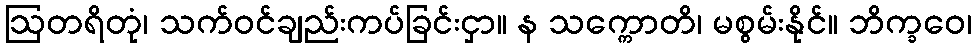
ဩတရိတုံ၊ သက်ဝင်ချည်းကပ်ခြင်းငှာ။ န သက္ကောတိ၊ မစွမ်းနိုင်။ ဘိက္ခဝေ၊